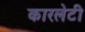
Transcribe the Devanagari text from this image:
कारलेटी